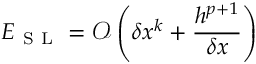
E _ { \mathrm { ~ S ~ L ~ } } = \mathcal { O } \left( \delta x ^ { k } + \frac { h ^ { p + 1 } } { \delta x } \right)